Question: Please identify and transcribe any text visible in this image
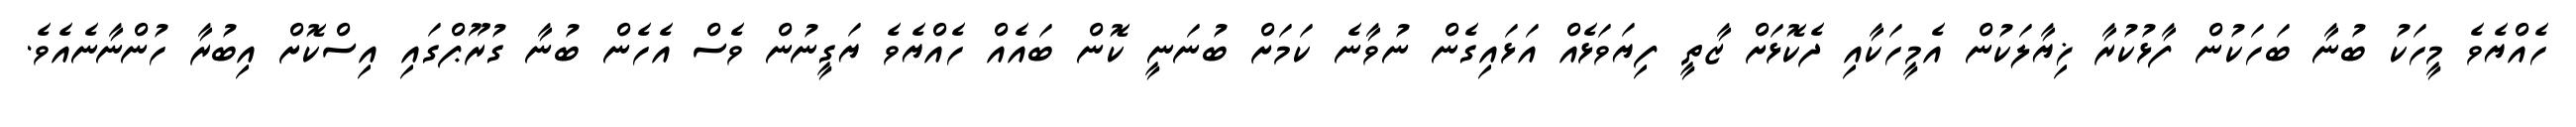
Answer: ހެއްޔެވެ މީހަކު ބުނާ ބަހަކުން ފާޅުކުރާ ޚިޔާލަކުން އެމީހަކާއި ދެކޮޅަށް ޒާތީ ފިޔަވަޅެއް އަޅައިގެން ނުވާނެ ކަމަށް ބުނަނީ ކޮން ބައެއް ހެއްޔެވެ ޔަގީނުން ވެސް އެހެން ބުނާ ގުރޫޕްގައި އިސްކޮށް އިބުރާ ހުންނާނެއެވެ.